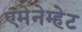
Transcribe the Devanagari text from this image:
एमेनेम्हेट